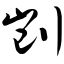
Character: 剀